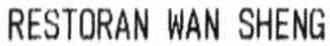
RESTORAN WAN SHENG